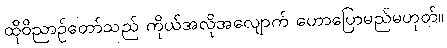
ထိုဝိညာဉ်တော်သည် ကိုယ်အလိုအလျောက် ဟောပြောမည်မဟုတ်။